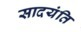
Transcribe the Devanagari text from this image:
सादयंति